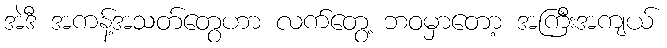
အဲဒီ အကန့်အသတ်တွေဟာ လက်တွေ့ ဘဝမှာတော့ အကြီးအကျယ်